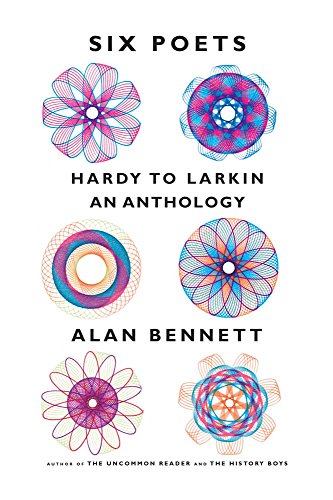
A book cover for Six Poets: Hardy to Larkin: An Anthology; Alan Bennett; Literature & Fiction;